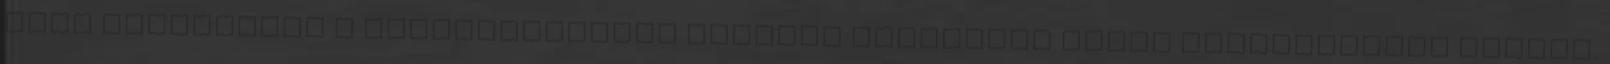
vagy kattintson a Görbeműveletek panelen található Görbe megfordítása gombra.